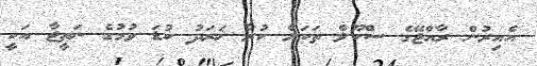
އެއިރުން ރާއްޖޭގެ ސްކޫލް ތަކަށް ކުރާ ޚަރަދު ކުޑަ ވުމުގެ ނަތީޖާ އަކީ